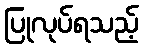
ပြုလုပ်ရသည့်